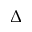
\Delta